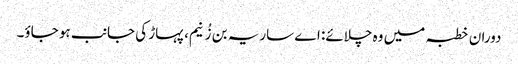
دوران خطبہ میں وہ چلائے: اے ساریہ بن زُنیم، پہاڑ کی جانب ہو جاؤ۔